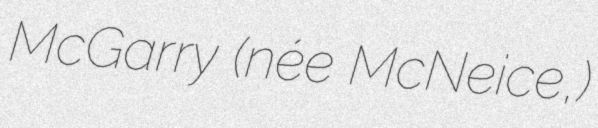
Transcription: McGarry (née McNeice,)